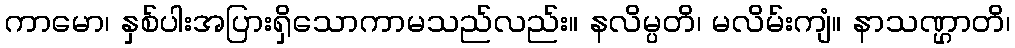
ကာမော၊ နှစ်ပါးအပြားရှိသောကာမသည်လည်း။ နလိမ္ပတိ၊ မလိမ်းကျံ။ နာသဏ္ဌာတိ၊